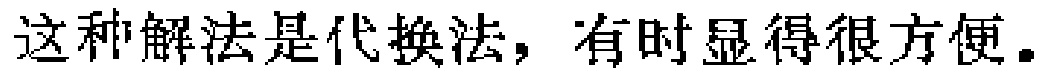
这种解法是代换法，有时显得很方便。